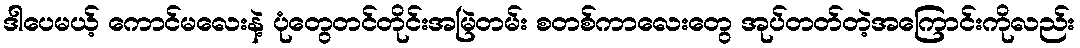
ဒါပေမယ့် ကောင်မလေးနဲ့ ပုံတွေတင်တိုင်းအမြဲတမ်း စတစ်ကာလေးတွေ အုပ်တတ်တဲ့အကြောင်းကိုလည်း